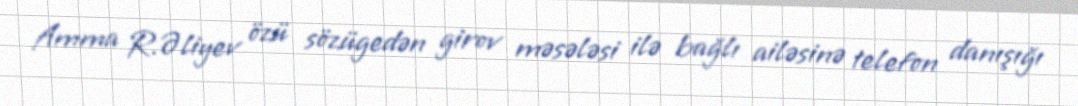
Amma R.Əliyev özü sözügedən girov məsələsi ilə bağlı ailəsinə telefon danışığı